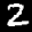
Label: 2